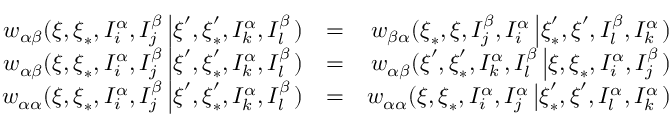
\begin{array} { r l r } { w _ { \alpha \beta } ( \boldsymbol { \xi } , \boldsymbol { \xi } _ { \ast } , I _ { i } ^ { \alpha } , I _ { j } ^ { \beta } \left\vert \boldsymbol { \xi } ^ { \prime } , \boldsymbol { \xi } _ { \ast } ^ { \prime } , I _ { k } ^ { \alpha } , I _ { l } ^ { \beta } \right. ) } & { = } & { w _ { \beta \alpha } ( \boldsymbol { \xi } _ { \ast } , \boldsymbol { \xi } , I _ { j } ^ { \beta } , I _ { i } ^ { \alpha } \left\vert \boldsymbol { \xi } _ { \ast } ^ { \prime } , \boldsymbol { \xi } ^ { \prime } , I _ { l } ^ { \beta } , I _ { k } ^ { \alpha } \right. ) } \\ { w _ { \alpha \beta } ( \boldsymbol { \xi } , \boldsymbol { \xi } _ { \ast } , I _ { i } ^ { \alpha } , I _ { j } ^ { \beta } \left\vert \boldsymbol { \xi } ^ { \prime } , \boldsymbol { \xi } _ { \ast } ^ { \prime } , I _ { k } ^ { \alpha } , I _ { l } ^ { \beta } \right. ) } & { = } & { w _ { \alpha \beta } ( \boldsymbol { \xi } ^ { \prime } , \boldsymbol { \xi } _ { \ast } ^ { \prime } , I _ { k } ^ { \alpha } , I _ { l } ^ { \beta } \left\vert \boldsymbol { \xi } , \boldsymbol { \xi } _ { \ast } , I _ { i } ^ { \alpha } , I _ { j } ^ { \beta } \right. ) } \\ { w _ { \alpha \alpha } ( \boldsymbol { \xi } , \boldsymbol { \xi } _ { \ast } , I _ { i } ^ { \alpha } , I _ { j } ^ { \beta } \left\vert \boldsymbol { \xi } ^ { \prime } , \boldsymbol { \xi } _ { \ast } ^ { \prime } , I _ { k } ^ { \alpha } , I _ { l } ^ { \beta } \right. ) } & { = } & { w _ { \alpha \alpha } ( \boldsymbol { \xi } , \boldsymbol { \xi } _ { \ast } , I _ { i } ^ { \alpha } , I _ { j } ^ { \alpha } \left\vert \boldsymbol { \xi } _ { \ast } ^ { \prime } , \boldsymbol { \xi } ^ { \prime } , I _ { l } ^ { \alpha } , I _ { k } ^ { \alpha } \right. ) } \end{array}